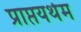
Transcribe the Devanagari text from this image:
प्राप्तयर्थम